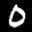
Label: 0